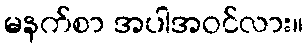
မနက်စာ အပါအဝင်လား။